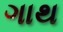
ગાથ